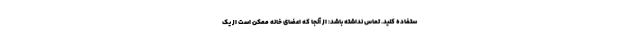
ستفاده کنید. تماس نداشته باشد: از آنجا که اعضای خانه ممکن است از یک